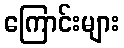
ကြောင်းများ